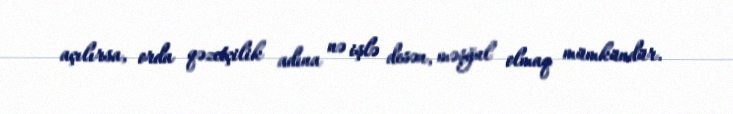
açılırsa, orda qəzetçilik adına nə işlə desən, məşğul olmaq mümkündür.